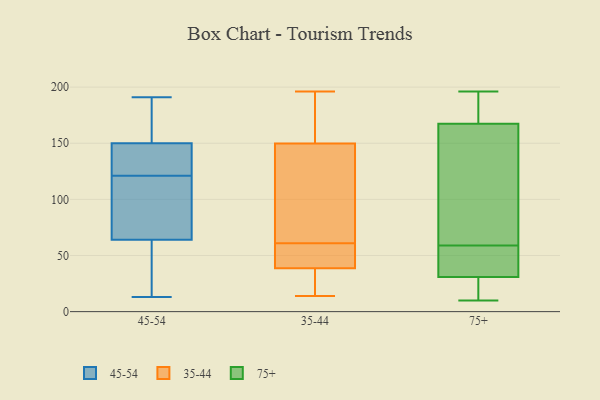
{"axis": {"x": "Budget (USD K)", "y": "Value"}, "legend": ["35-44", "45-54", "75+"], "data": [{"x": "", "y": 126, "type": "45-54"}, {"x": "", "y": 46, "type": "45-54"}, {"x": "", "y": 65, "type": "45-54"}, {"x": "", "y": 171, "type": "45-54"}, {"x": "", "y": 175, "type": "45-54"}, {"x": "", "y": 51, "type": "45-54"}, {"x": "", "y": 64, "type": "45-54"}, {"x": "", "y": 145, "type": "45-54"}, {"x": "", "y": 89, "type": "45-54"}, {"x": "", "y": 13, "type": "45-54"}, {"x": "", "y": 31, "type": "45-54"}, {"x": "", "y": 126, "type": "45-54"}, {"x": "", "y": 167, "type": "45-54"}, {"x": "", "y": 81, "type": "45-54"}, {"x": "", "y": 191, "type": "45-54"}, {"x": "", "y": 119, "type": "45-54"}, {"x": "", "y": 150, "type": "45-54"}, {"x": "", "y": 123, "type": "45-54"}, {"x": "", "y": 88, "type": "35-44"}, {"x": "", "y": 61, "type": "35-44"}, {"x": "", "y": 178, "type": "35-44"}, {"x": "", "y": 32, "type": "35-44"}, {"x": "", "y": 58, "type": "35-44"}, {"x": "", "y": 183, "type": "35-44"}, {"x": "", "y": 31, "type": "35-44"}, {"x": "", "y": 157, "type": "35-44"}, {"x": "", "y": 53, "type": "35-44"}, {"x": "", "y": 14, "type": "35-44"}, {"x": "", "y": 54, "type": "35-44"}, {"x": "", "y": 112, "type": "35-44"}, {"x": "", "y": 34, "type": "35-44"}, {"x": "", "y": 196, "type": "35-44"}, {"x": "", "y": 128, "type": "35-44"}, {"x": "", "y": 59, "type": "75+"}, {"x": "", "y": 21, "type": "75+"}, {"x": "", "y": 193, "type": "75+"}, {"x": "", "y": 196, "type": "75+"}, {"x": "", "y": 34, "type": "75+"}, {"x": "", "y": 40, "type": "75+"}, {"x": "", "y": 10, "type": "75+"}, {"x": "", "y": 144, "type": "75+"}, {"x": "", "y": 55, "type": "75+"}, {"x": "", "y": 161, "type": "75+"}, {"x": "", "y": 132, "type": "75+"}, {"x": "", "y": 11, "type": "75+"}, {"x": "", "y": 186, "type": "75+"}]}